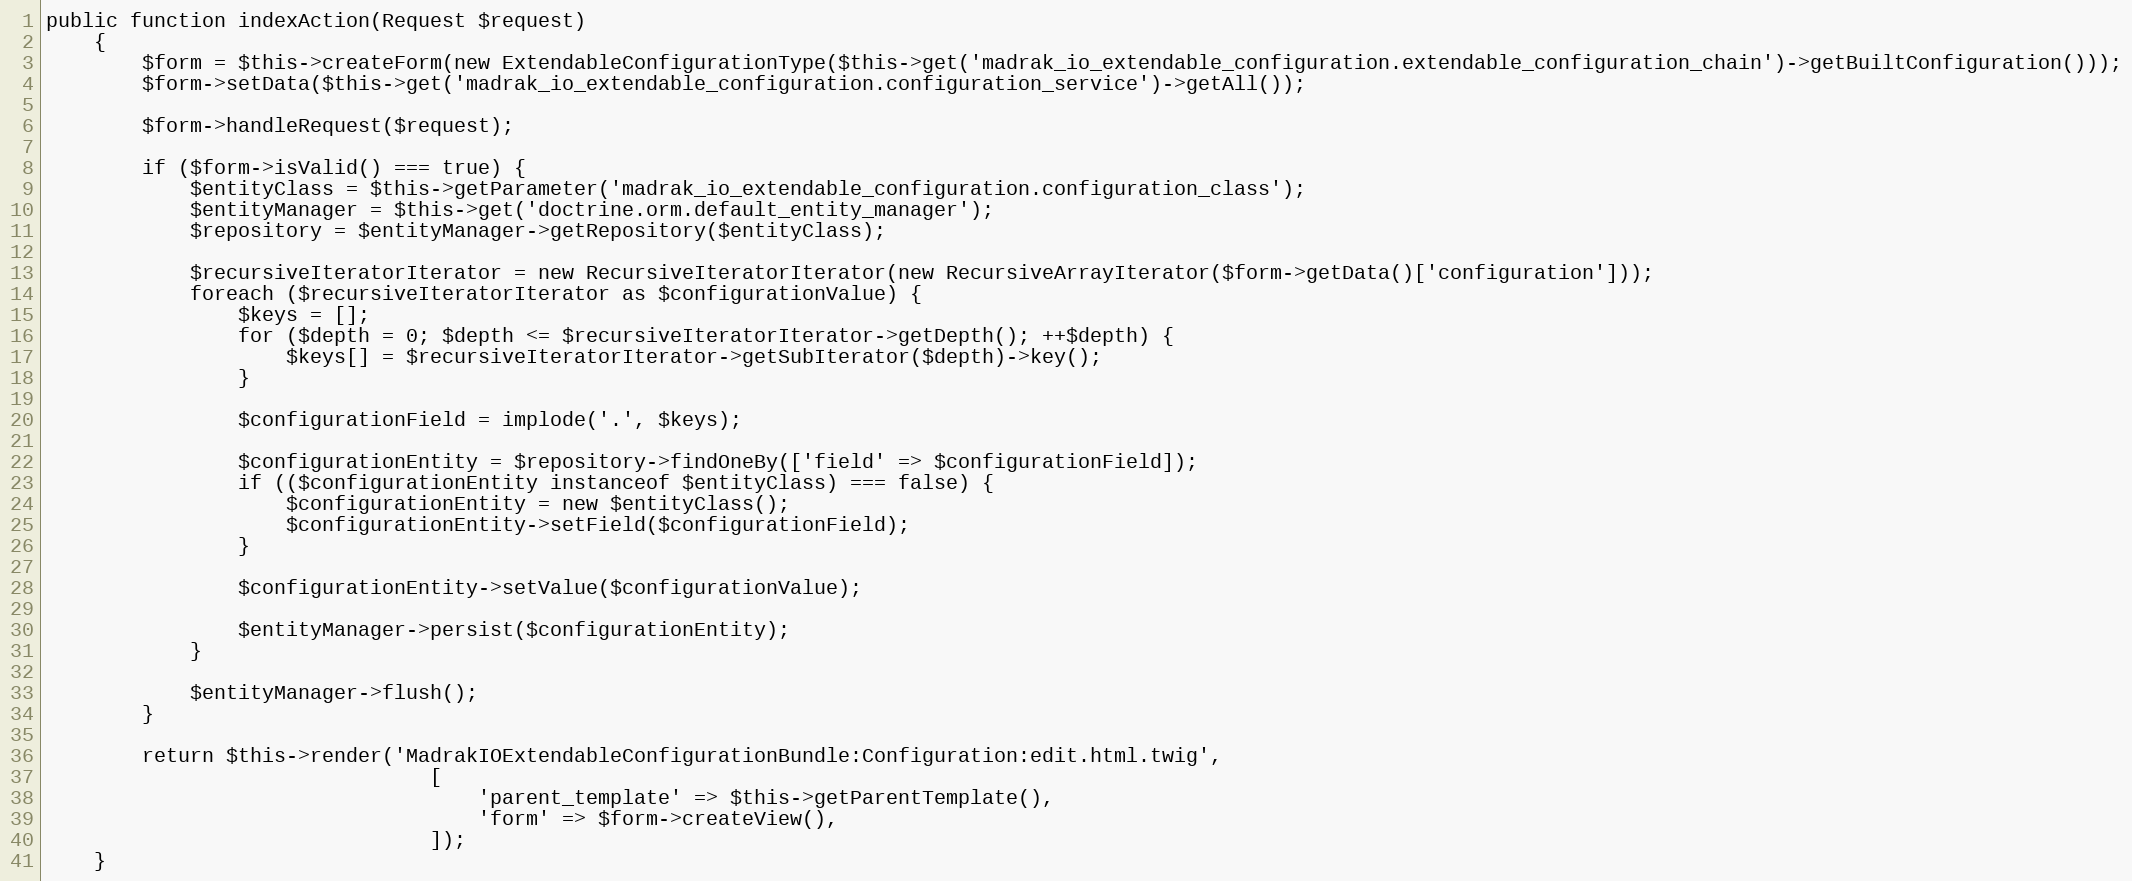
Language: PHP
public function indexAction(Request $request)
    {
        $form = $this->createForm(new ExtendableConfigurationType($this->get('madrak_io_extendable_configuration.extendable_configuration_chain')->getBuiltConfiguration()));
        $form->setData($this->get('madrak_io_extendable_configuration.configuration_service')->getAll());

        $form->handleRequest($request);

        if ($form->isValid() === true) {
            $entityClass = $this->getParameter('madrak_io_extendable_configuration.configuration_class');
            $entityManager = $this->get('doctrine.orm.default_entity_manager');
            $repository = $entityManager->getRepository($entityClass);

            $recursiveIteratorIterator = new RecursiveIteratorIterator(new RecursiveArrayIterator($form->getData()['configuration']));
            foreach ($recursiveIteratorIterator as $configurationValue) {
                $keys = [];
                for ($depth = 0; $depth <= $recursiveIteratorIterator->getDepth(); ++$depth) {
                    $keys[] = $recursiveIteratorIterator->getSubIterator($depth)->key();
                }

                $configurationField = implode('.', $keys);

                $configurationEntity = $repository->findOneBy(['field' => $configurationField]);
                if (($configurationEntity instanceof $entityClass) === false) {
                    $configurationEntity = new $entityClass();
                    $configurationEntity->setField($configurationField);
                }

                $configurationEntity->setValue($configurationValue);

                $entityManager->persist($configurationEntity);
            }

            $entityManager->flush();
        }

        return $this->render('MadrakIOExtendableConfigurationBundle:Configuration:edit.html.twig',
                                [
                                    'parent_template' => $this->getParentTemplate(),
                                    'form' => $form->createView(),
                                ]);
    }